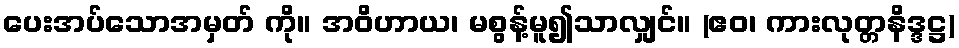
ပေးအပ်သောအမှတ် ကို။ အဝိဟာယ၊ မစွန့်မူ၍သာလျှင်။ (ဧဝ၊ ကားလုတ္တနိဒ္ဒဋ္ဌ)